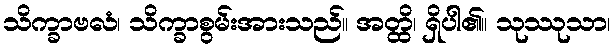
သိက္ခာဗလံ၊ သိက္ခာစွမ်းအားသည်။ အတ္ထိ၊ ရှိပါ၏။ သုဿုသာ၊